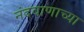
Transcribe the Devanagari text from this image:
नंदवाणाच्या